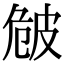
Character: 𤿡